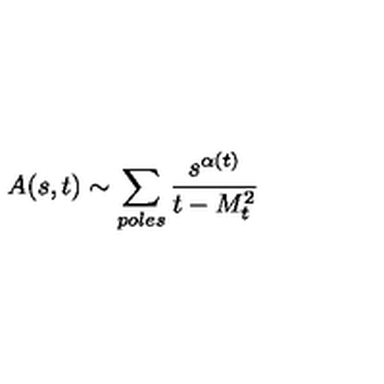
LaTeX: A ( s , t ) \sim \sum _ { p o l e s } \frac { s ^ { \alpha ( t ) } } { t - M _ { t } ^ { 2 } }